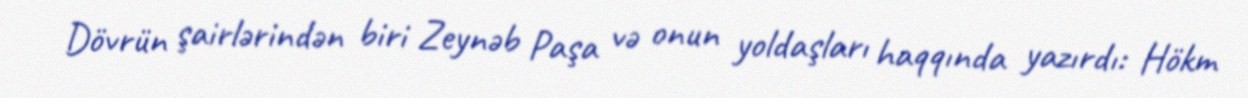
Dövrün şairlərindən biri Zeynəb Paşa və onun yoldaşları haqqında yazırdı: Hökm